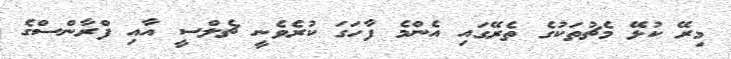
މިރޭ ކުޅޭ މެޗުތަކުގެ ތެރޭގައި އެންމެ ފާހަގަ ކުރެވެނީ ޗެލްސީ އާއި ފްރާންސްގެ